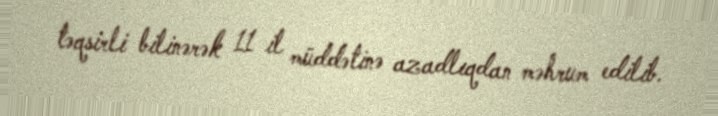
təqsirli bilinərək 11 il müddətinə azadlıqdan məhrum edilib.